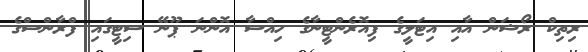
ރިތިކް ރޯޝަން އާއި އިޓަލީގެ ފިއޮރެންޓީނާގެ ހިއްސާ އޮންނަ ޕޫނޭ ސިޓީގައި ފްރާންސްގެ